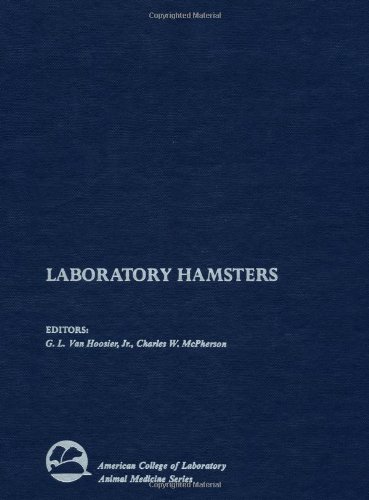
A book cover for Laboratory Hamsters (American College of Laboratory Animal Medicine); Medical Books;